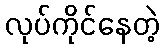
လုပ်ကိုင်နေတဲ့